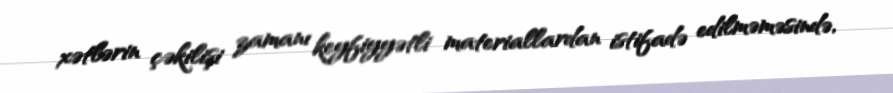
xətlərin çəkilişi zamanı keyfiyyətli materiallardan istifadə edilməməsində,